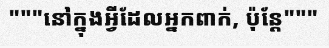
"""នៅក្នុងអ្វីដែលអ្នកពាក់, ប៉ុន្តែ"""